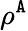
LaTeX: \rho^{\tt A}